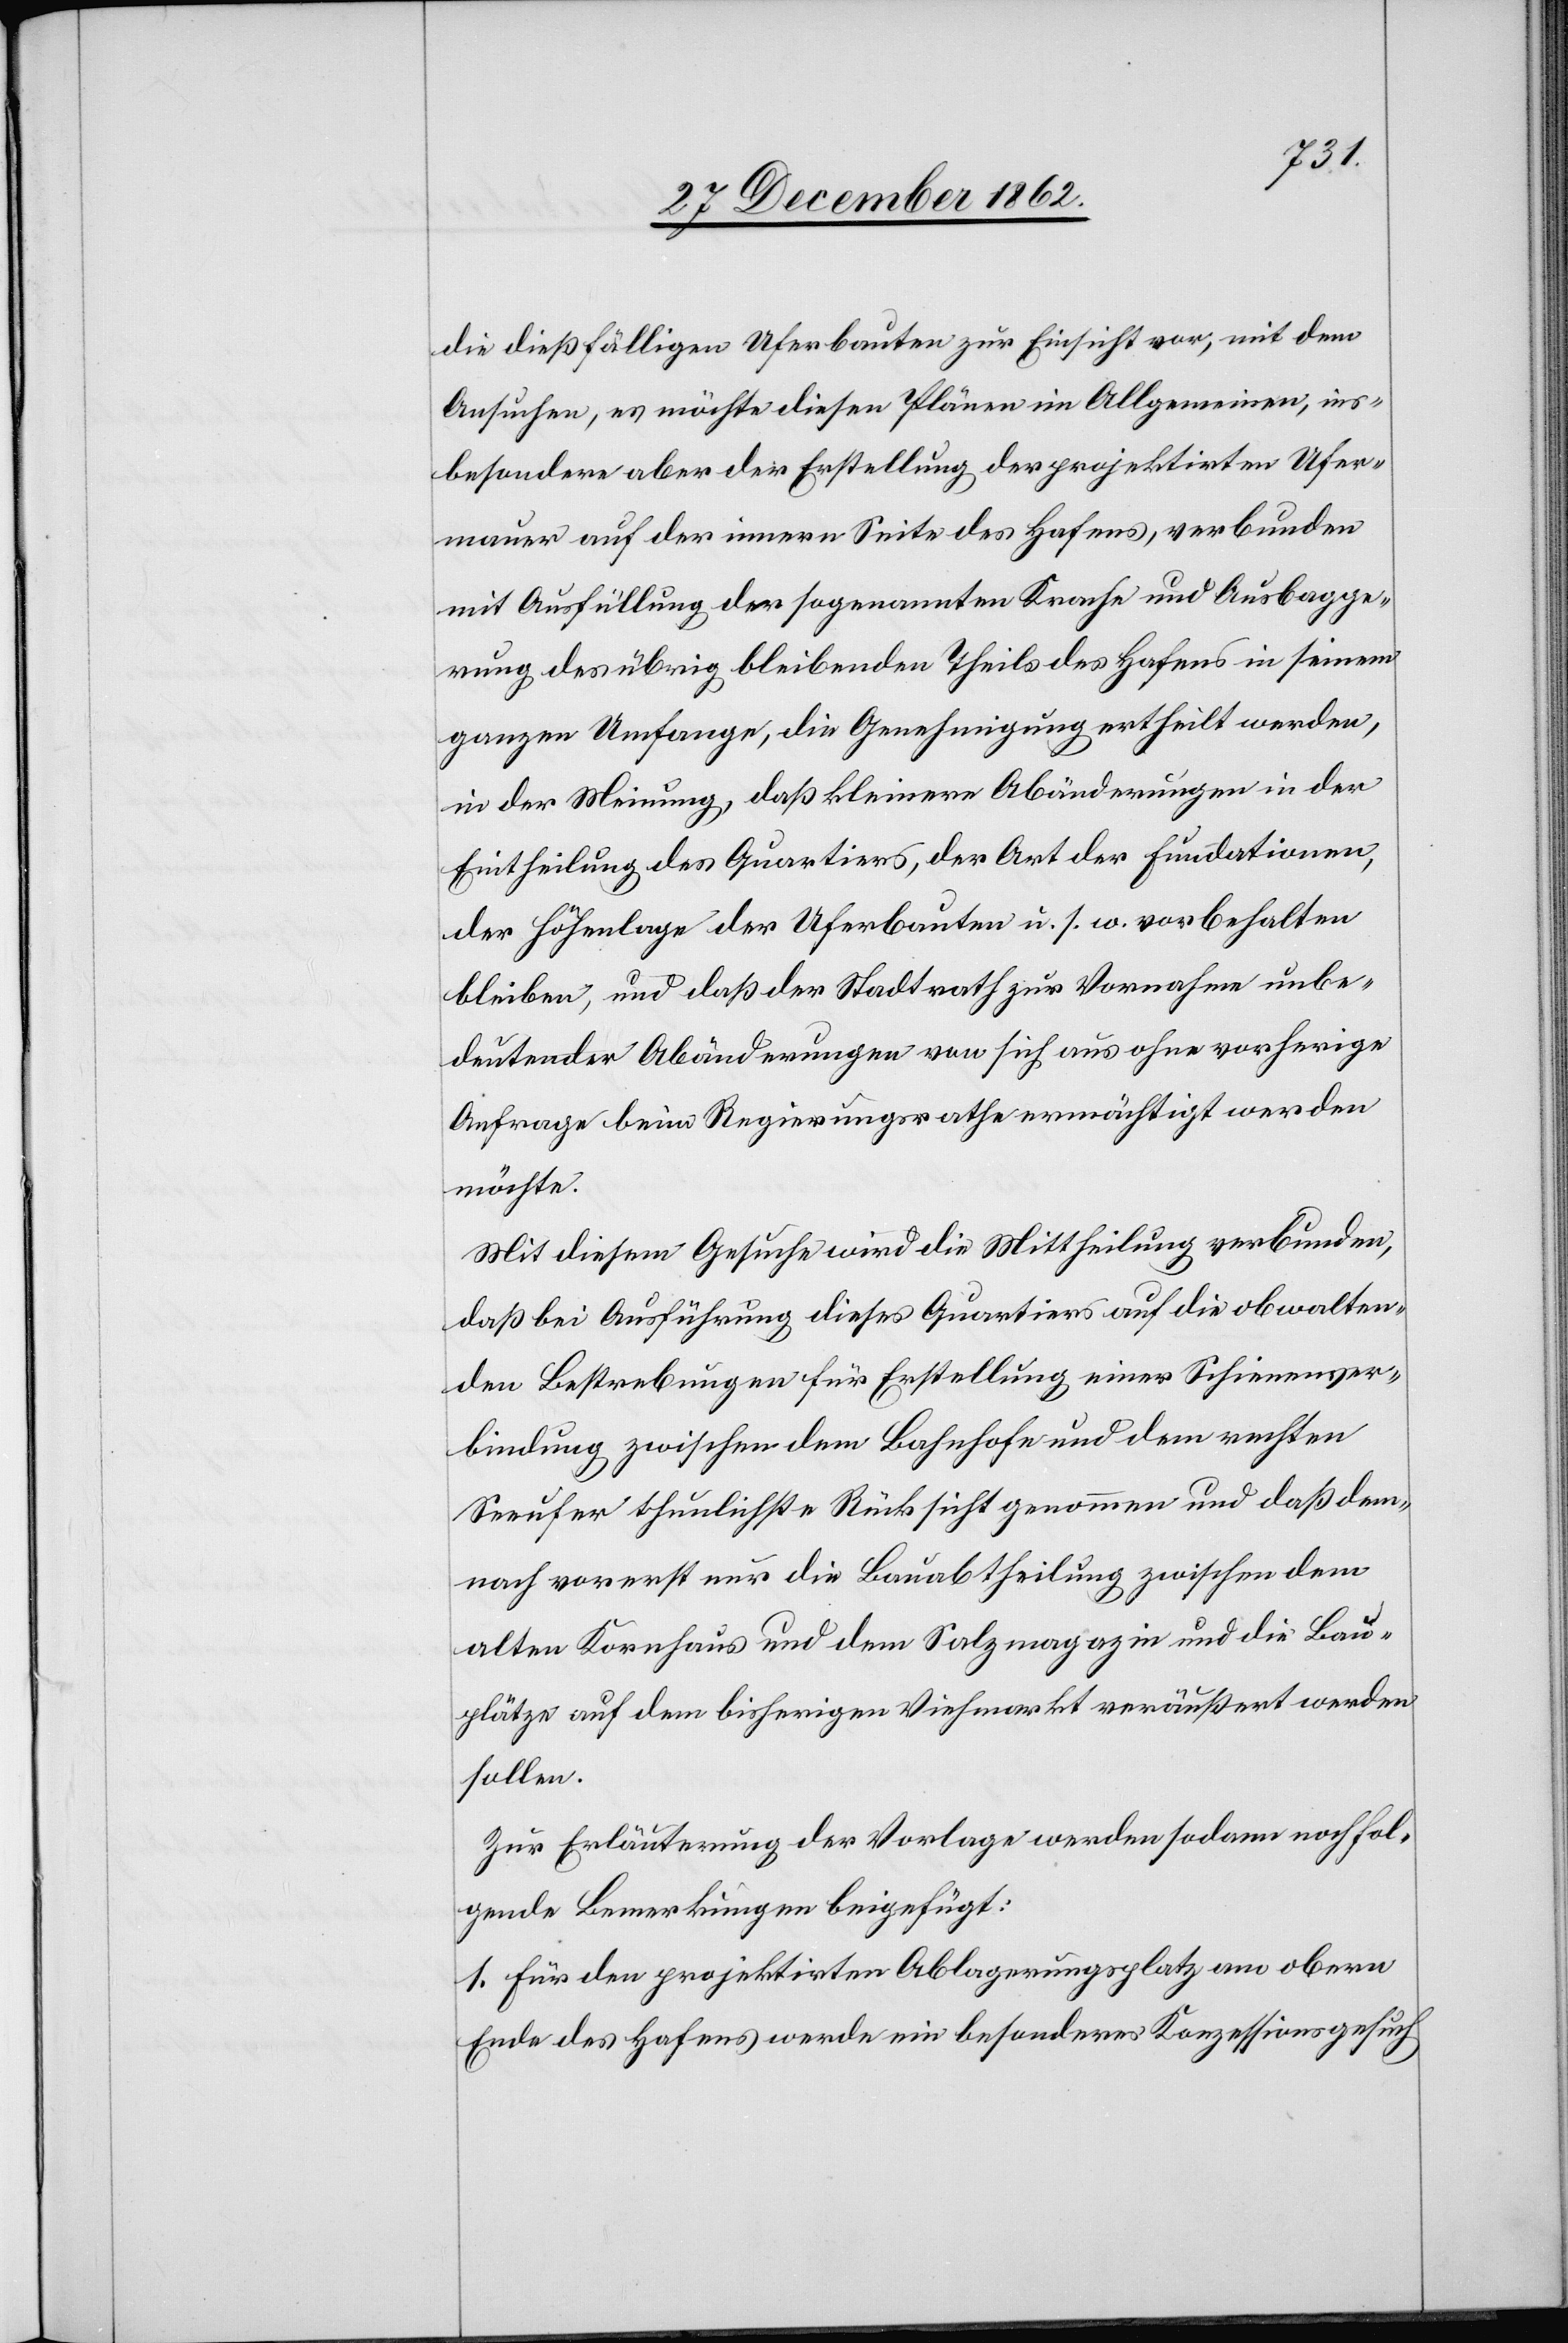
die dießfälligen Uferbauten zur Einsicht vor, mit dem
Ansuchen, es möchte diesen Plänen im Allgemeinen, ins¬
besondere aber der Erstellung der projektirten Ufer¬
mauer auf der innern Seite des Hafens, verbunden
mit Ausfüllung der sogenannten Krache und Ausbagge¬
rung des übrig bleibenden Theils des Hafens in seinem
ganzen Umfange, die Genehmigung ertheilt werden,
in der Meinung, daß kleinere Abänderungen in der
Eintheilung des Quartiers, der Art der Fundationen,
der Höhenlage der Uferbauten u. s. w. vorbehalten
bleiben, und daß der Stadtrath zur Vornahme unbe¬
deutender Abänderungen von sich aus ohne vorherige
Anfrage beim Regierungsrathe ermächtigt werden
möchte.
Mit diesem Gesuche wird die Mittheilung verbunden,
daß bei Ausführung dieses Quartiers auf die obwalten¬
den Bestrebungen für Erstellung einer Schienenver¬
bindung zwischen dem Bahnhofe und dem rechten
Seeufer thunlichste Rücksicht genommen und daß dem¬
nach vorerst nur die Bauabtheilung zwischen dem
alten Kornhaus und dem Salzmagazin und die Bau¬
plätze auf dem bisherigen Viehmarkt veräußert werden
sollen.
Zur Erläuterung der Vorlage werden sodann noch fol¬
gende Bemerkungen beigefügt:
1. Für den projektirten Ablagerungsplatz am obern
Ende des Hafens werde ein besonderes Konzessionsgesuch